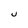
Character: u